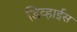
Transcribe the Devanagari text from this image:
डिव्हाईस